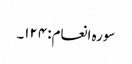
سورہ انعام: ۱۲۴۔